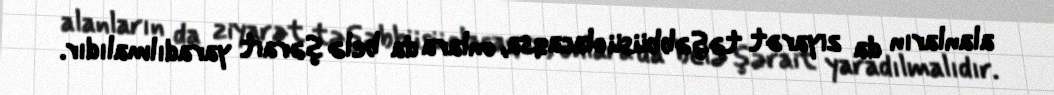
alanların da ziyarət təşəbbüsü olacaqsa, onlara da belə şərait yaradılmalıdır.